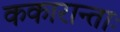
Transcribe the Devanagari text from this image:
ककारान्ताः